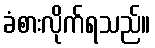
ခံစားလိုက်ရသည်။